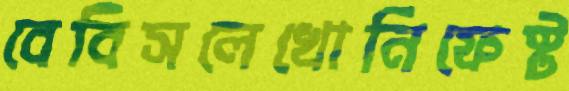
বেবিসলেখোনিফেস্ট